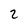
Character: 2